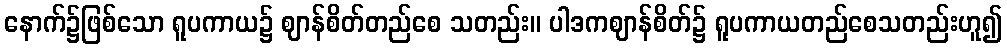
နောက်၌ဖြစ်သော ရူပကာယ၌ ဈာန်စိတ်တည်စေ သတည်း။ ပါဒကဈာန်စိတ်၌ ရူပကာယတည်စေသတည်းဟူ၍